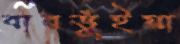
বারভুঁইয়া